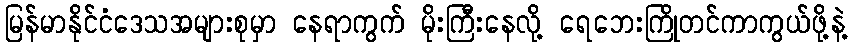
မြန်မာနိုင်ငံဒေသအများစုမှာ နေရာကွက် မိုးကြီးနေလို့ ရေဘေးကြိုတင်ကာကွယ်ဖို့နဲ့